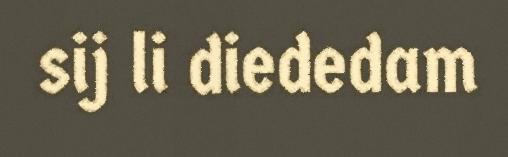
sij li diededam